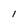
Character: l